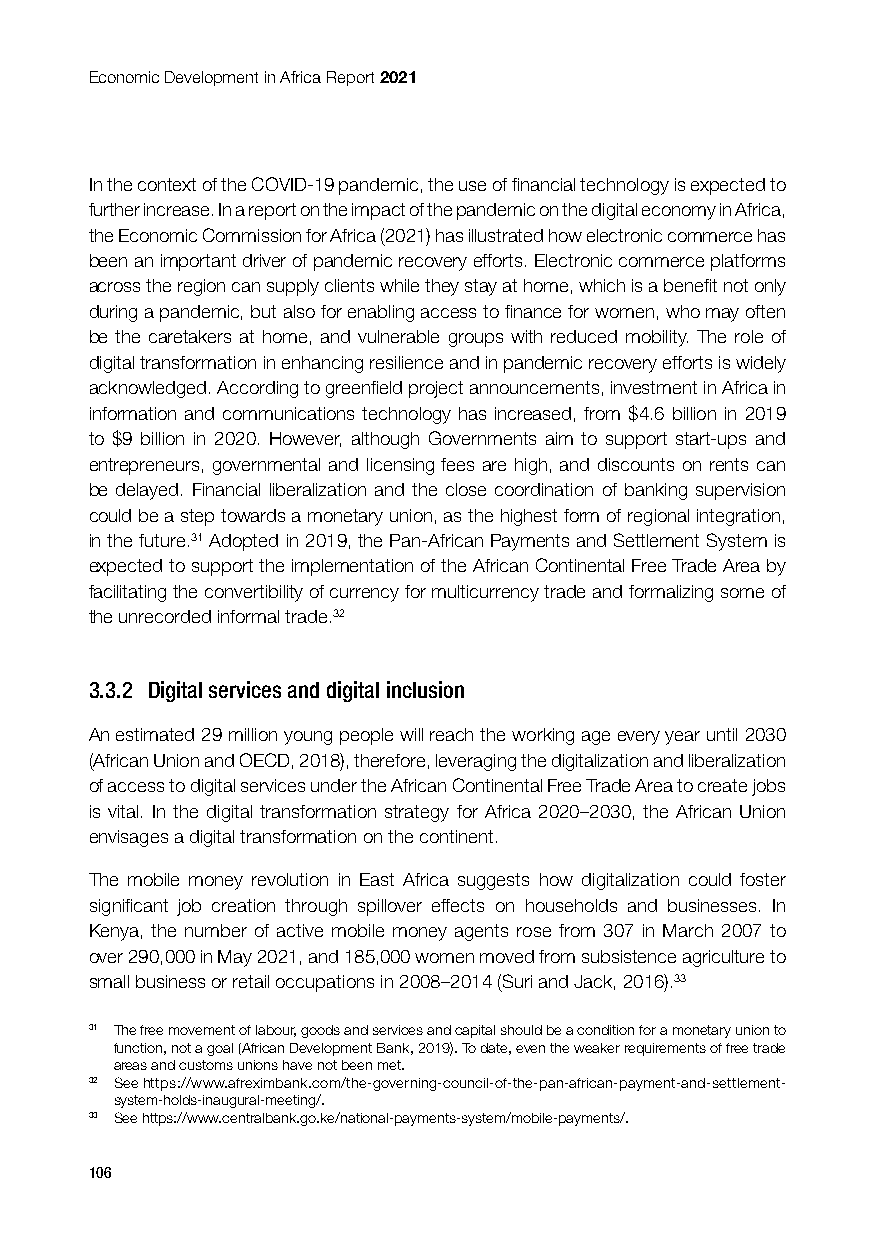
Economic Development in Africa Report 2021
 In the context of the COVID-19 pandemic, the use of financial technology is expected to
 further increase. In a report on the impact of the pandemic on the digital economy in Africa,
 the Economic Commission for Africa (2021) has illustrated how electronic commerce has
 been an important driver of pandemic recovery efforts. Electronic commerce platforms
 across the region can supply clients while they stay at home, which is a benefit not only
 during a pandemic, but also for enabling access to finance for women, who may often
 be the caretakers at home, and vulnerable groups with reduced mobility. The role of
 digital transformation in enhancing resilience and in pandemic recovery efforts is widely
 acknowledged. According to greenfield project announcements, investment in Africa in
 information and communications technology has increased, from $4.6 billion in 2019
 to $9 billion in 2020. However, although Governments aim to support start-ups and
 entrepreneurs, governmental and licensing fees are high, and discounts on rents can
 be delayed. Financial liberalization and the close coordination of banking supervision
 could be a step towards a monetary union, as the highest form of regional integration,
 in the future.31 Adopted in 2019, the Pan-African Payments and Settlement System is
 expected to support the implementation of the African Continental Free Trade Area by
 facilitating the convertibility of currency for multicurrency trade and formalizing some of
 the unrecorded informal trade.32
 3.3.2 Digital services and digital inclusion
 An estimated 29 million young people will reach the working age every year until 2030
 (African Union and OECD, 2018), therefore, leveraging the digitalization and liberalization
 of access to digital services under the African Continental Free Trade Area to create jobs
 is vital. In the digital transformation strategy for Africa 2020–2030, the African Union
 envisages a digital transformation on the continent.
 The mobile money revolution in East Africa suggests how digitalization could foster
 significant job creation through spillover effects on households and businesses. In
 Kenya, the number of active mobile money agents rose from 307 in March 2007 to
 over 290,000 in May 2021, and 185,000 women moved from subsistence agriculture to
 small business or retail occupations in 2008–2014 (Suri and Jack, 2016).33
 31 The free movement of labour, goods and services and capital should be a condition for a monetary union to
 function, not a goal (African Development Bank, 2019). To date, even the weaker requirements of free trade
 areas and customs unions have not been met.
 32 See https://www.afreximbank.com/the-governing-council-of-the-pan-african-payment-and-settlement-
 system-holds-inaugural-meeting/.
 33 See https://www.centralbank.go.ke/national-payments-system/mobile-payments/.
 106